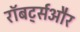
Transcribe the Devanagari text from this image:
रॉबर्ट्सऔर